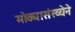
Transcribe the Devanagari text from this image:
मोठ्यासंख्येने